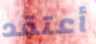
أعتقد